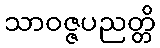
သာဝဇ္ဇပညတ္တိ